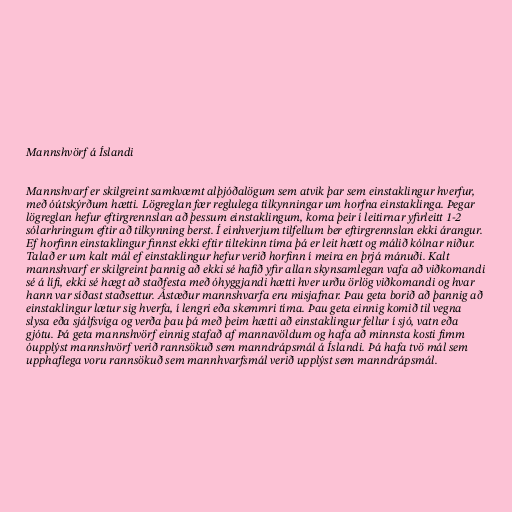
Mannshvörf á Íslandi

Mannshvarf er skilgreint samkvæmt alþjóðalögum sem atvik þar sem einstaklingur hverfur,
með óútskýrðum hætti. Lögreglan fær reglulega tilkynningar um horfna einstaklinga. Þegar
lögreglan hefur eftirgrennslan að þessum einstaklingum, koma þeir í leitirnar yfirleitt 1-2
sólarhringum eftir að tilkynning berst. Í einhverjum tilfellum ber eftirgrennslan ekki árangur.
Ef horfinn einstaklingur finnst ekki eftir tiltekinn tíma þá er leit hætt og málið kólnar niður.
Talað er um kalt mál ef einstaklingur hefur verið horfinn í meira en þrjá mánuði. Kalt
mannshvarf er skilgreint þannig að ekki sé hafið yfir allan skynsamlegan vafa að viðkomandi
sé á lífi, ekki sé hægt að staðfesta með óhyggjandi hætti hver urðu örlög viðkomandi og hvar
hann var síðast staðsettur. Ástæður mannshvarfa eru misjafnar. Þau geta borið að þannig að
einstaklingur lætur sig hverfa, í lengri eða skemmri tíma. Þau geta einnig komið til vegna
slysa eða sjálfsvíga og verða þau þá með þeim hætti að einstaklingur fellur í sjó, vatn eða
gjótu. Þá geta mannshvörf einnig stafað af mannavöldum og hafa að minnsta kosti fimm
óupplýst mannshvörf verið rannsökuð sem manndrápsmál á Íslandi. Þá hafa tvö mál sem
upphaflega voru rannsökuð sem mannhvarfsmál verið upplýst sem manndrápsmál.